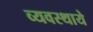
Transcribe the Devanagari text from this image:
व्यवस्थाये